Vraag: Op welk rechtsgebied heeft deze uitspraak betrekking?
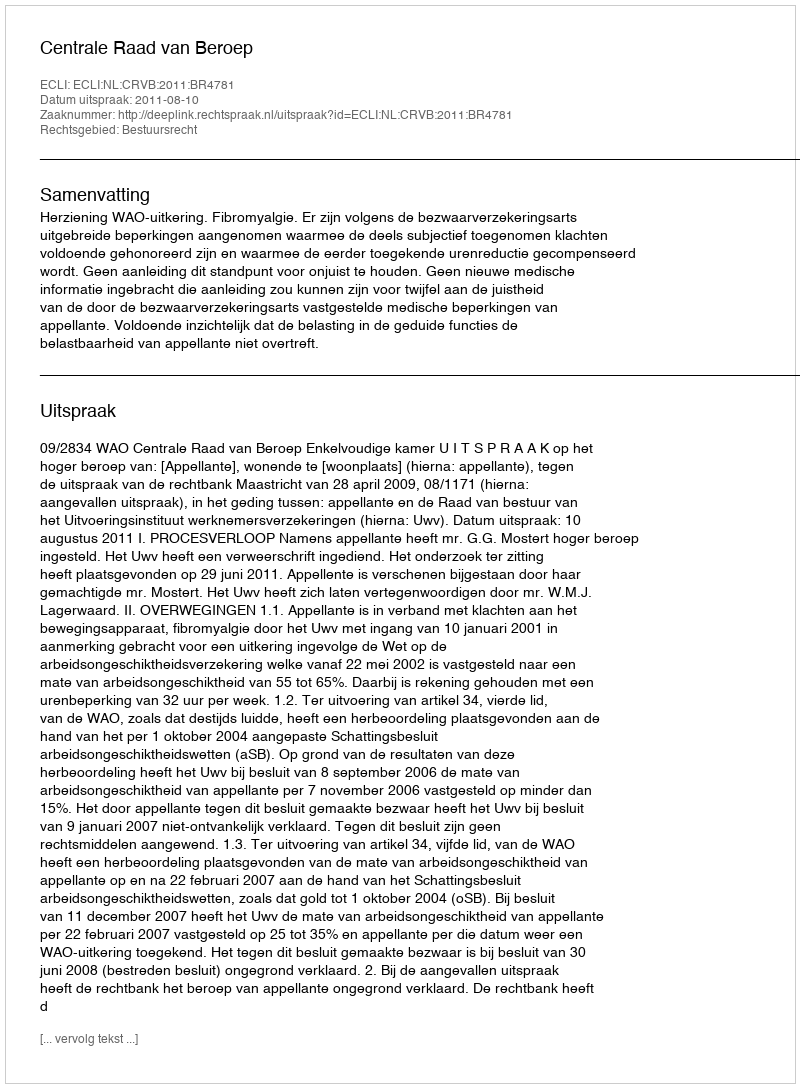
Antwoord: Bestuursrecht